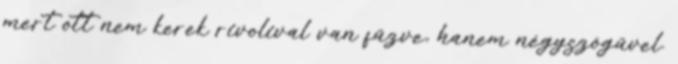
mert ott nem kerek rivolival van fűzve, hanem négyszögűvel.